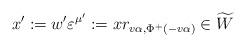
LaTeX: \begin{align*}x' := w'\varepsilon^{\mu'} := xr_{v\alpha,\Phi^+(-v\alpha)}\in \widetilde W\end{align*}